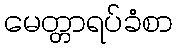
မေတ္တာရပ်ခံစာ